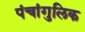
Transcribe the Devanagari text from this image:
पंचांगुलिक